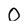
Character: O